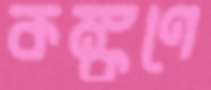
কঙ্কণে